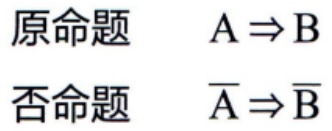
原命题 \(A \Rightarrow B\)

否命题 \(\overline{A} \Rightarrow \overline{B}\)